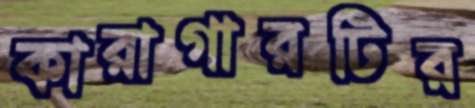
কারাগারটির